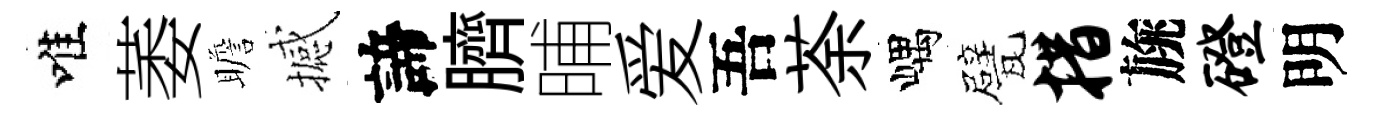
唯萎瞻撼諦臍晡爱吾荼嵎甓措旐磴明